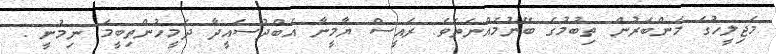
މަޖިލީހުގަ މެންބަރުން ތިބުމުގެ ބޭނުމެއްނެތެވެ. ރައީސް ޔާމީނާ އަބްދުސައީދާ ދެމީހުންތިބީމަ ނިމުނީ .